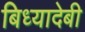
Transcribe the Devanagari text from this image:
बिध्यादेबी